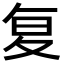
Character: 复